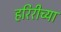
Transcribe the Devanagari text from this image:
हरिरीच्या